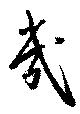
幾